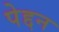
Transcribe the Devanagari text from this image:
पेद्दन